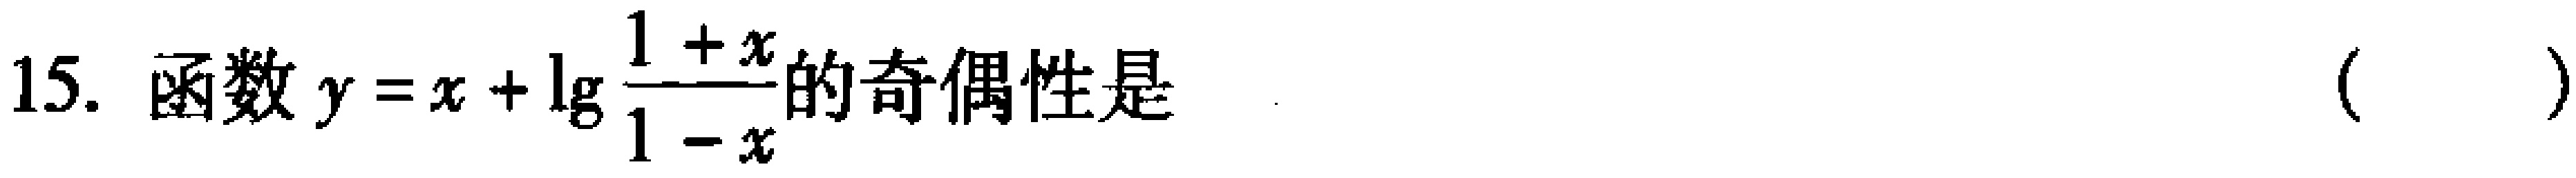
(1) 求线段 \(AD\) 的长；